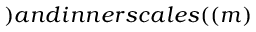
) a n d i n n e r s c a l e s ( ( m )